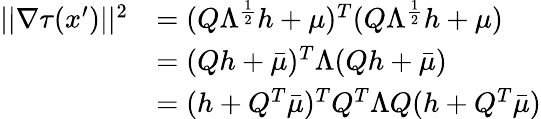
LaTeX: \begin{array}{rl}{||\nabla\tau(x^{\prime})||^{2}}&{=(Q\Lambda^{\frac{1}{2}}h+\mu)^{T}(Q\Lambda^{\frac{1}{2}}h+\mu)}\\ &{=(Qh+\bar{\mu})^{T}\Lambda(Qh+\bar{\mu})}\\ &{=(h+Q^{T}\bar{\mu})^{T}Q^{T}\Lambda Q(h+Q^{T}\bar{\mu})}\end{array}